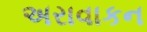
અરાવાકન